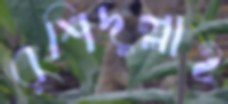
রশিদুল্লাহ